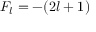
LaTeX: F _ { l } = - ( 2 l + 1 )